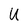
Character: U